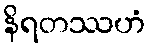
နိရတဿဟံ